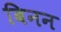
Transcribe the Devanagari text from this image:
बिनन